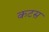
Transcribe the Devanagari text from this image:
कटस